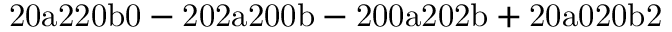
\mathrm { 2 0 a 2 2 0 b 0 - 2 0 2 a 2 0 0 b - 2 0 0 a 2 0 2 b + 2 0 a 0 2 0 b 2 }